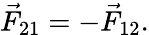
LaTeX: \vec{F}_{21}=-\vec{F}_{12}.